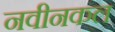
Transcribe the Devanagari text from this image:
नवीनकल